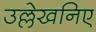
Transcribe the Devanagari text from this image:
उल्लेखनिए